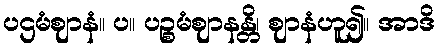
ပဌမံဈာနံ။ ပ။ ပဉ္စမံဈာနန္တိ၊ ဈာနံဟူ၍။ အာဒိ